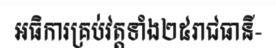
អធិការគ្រប់វត្តទាំង២៥រាជធានី-